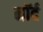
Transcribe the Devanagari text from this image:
नॉर्द